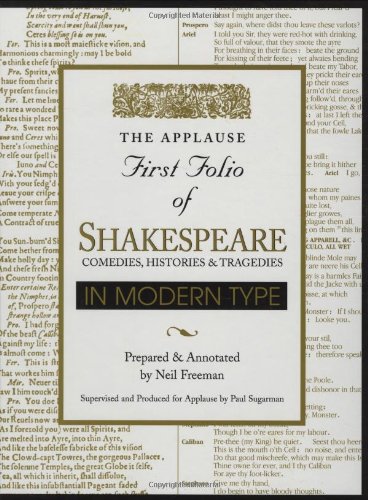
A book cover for Applause First Folio of Shakespeare in Modern Type: Comedies, Histories & Tragedies (Applause First Folio Editions); William Shakespeare; Literature & Fiction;